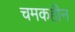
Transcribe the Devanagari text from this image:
चमकहीन